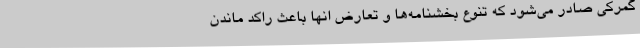
گمرکی صادر می‌شود که تنوع بخشنامه‌ها و تعارض انها باعث راکد ماندن